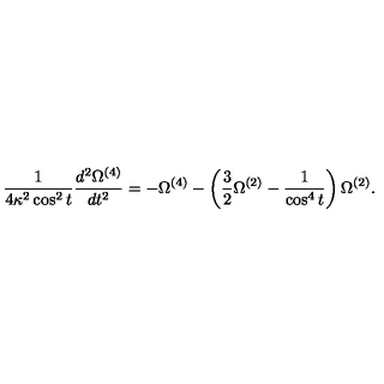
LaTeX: \frac { 1 } { 4 \kappa ^ { 2 } \cos ^ { 2 } { t } } \frac { d ^ { 2 } \Omega ^ { ( 4 ) } } { d t ^ { 2 } } = - \Omega ^ { ( 4 ) } - \left( \frac { 3 } { 2 } \Omega ^ { ( 2 ) } - \frac { 1 } { \cos ^ { 4 } { t } } \right) \Omega ^ { ( 2 ) } .